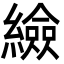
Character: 䌞